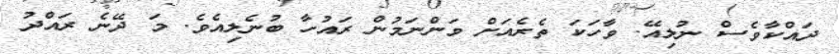
ދައްކާވެސް ނުލިއޭ. ވާހަކަ ތެރެއަށް ވަންނަމުން ރައުހާ ބުނެލިއެވެ. މަ ދޭނެ ރައްދު